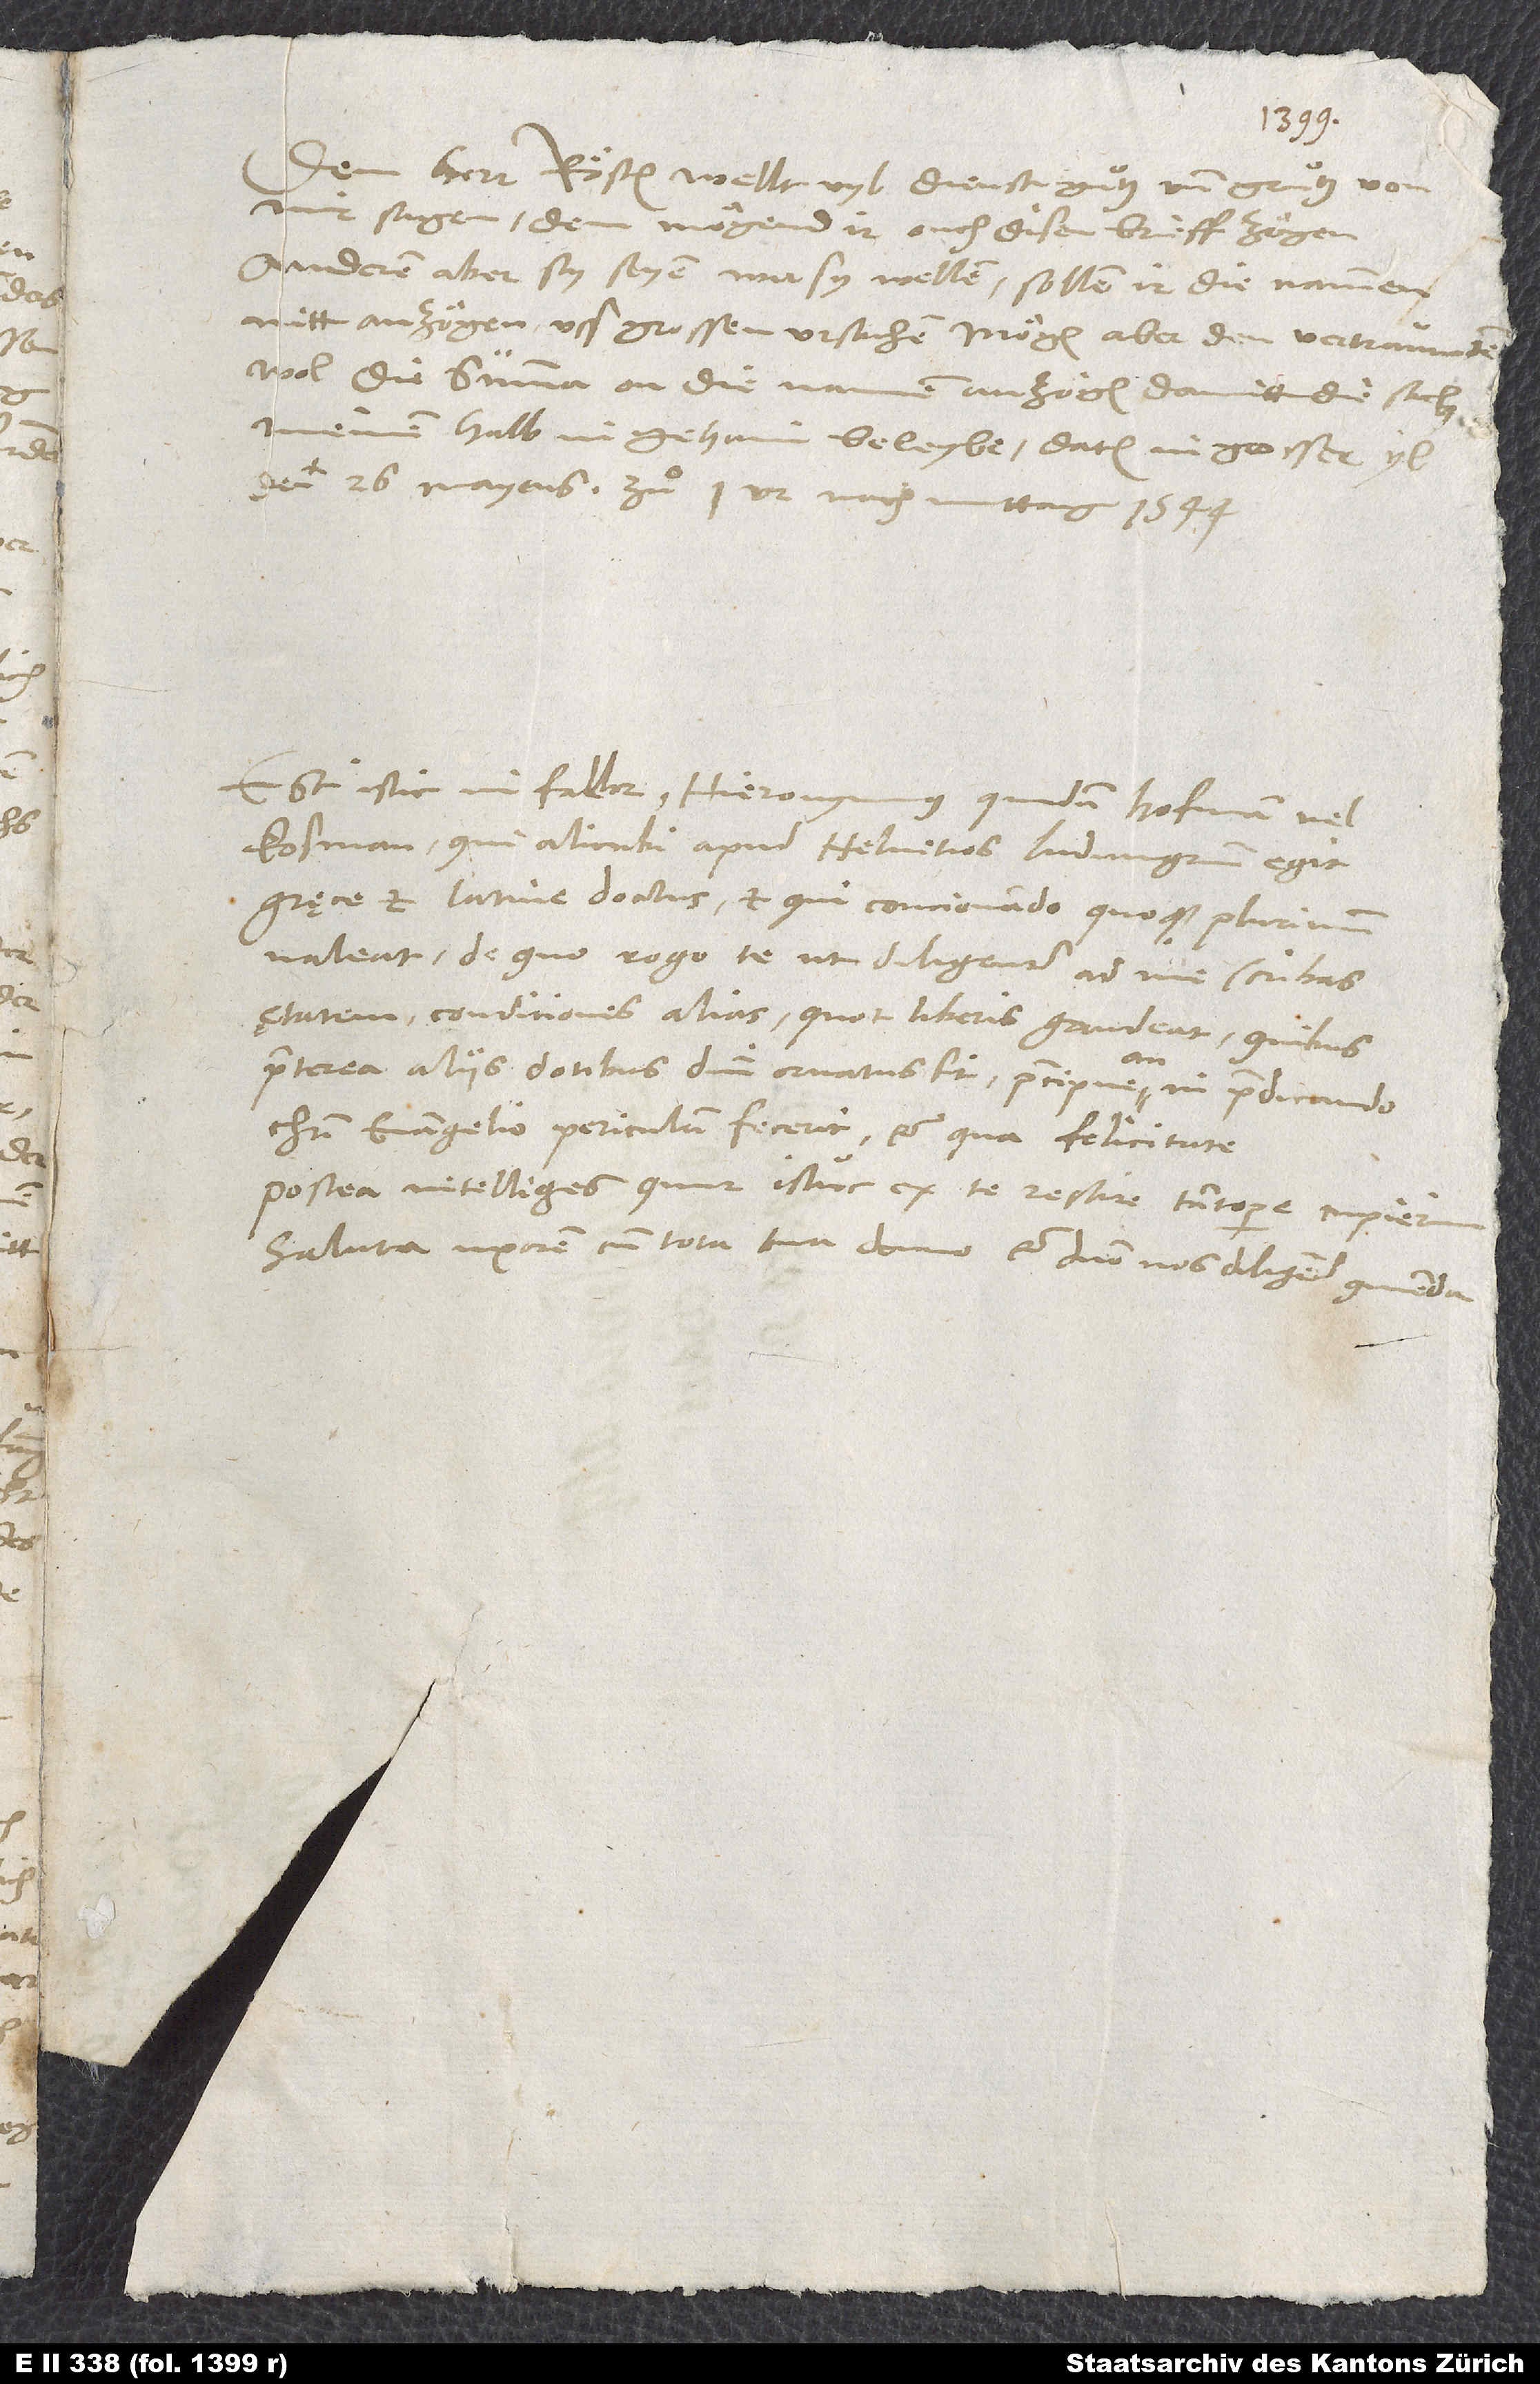
Dem herr Rösten wellt vyl dienst, guͦtz und gruͦtz von
mir sagen. Dem mögend ir ouch disen brieff zögen;
anderen aber, sy seyen, wer sy wellen, sollen ir die nammen
nitt anzögen uß grossen ursachen, mögen aber den vertrauwten
wol die summa on die namen anzögen, damitt die sach
den 26. mayens zuͦ 1 ur nach mittag 1544.
Est istic, ni fallor, Hieronymus quidam Hofman vel
Kofman, qui alicubi apud Helvetios ludimagistrum egit,
Gręce et Latine doctus, et qui concionando quoque plurimum
valeat. De quo rogo te, ut diligenter ad me scribas
ętatem, conditiones alias, quot liberis gaudeat, quibus
praeterea aliis dotibus domini ornatus sit, praecipue an in praedicando
Christi evangelio periculum fecerit et qua felicitate.
Postea intelliges, quur istuc ex te rescire tantopere cupierim.
Saluta uxorem cum tota tua domo et domino nos diligenter commenda.